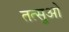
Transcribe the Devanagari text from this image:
तत्सुओ